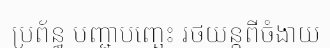
ប្រព័ន្ធ បញ្ជាបញ្ឆេះ រថយន្តពីចំងាយ